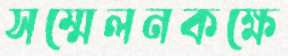
সম্মেলনকক্ষে